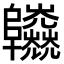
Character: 𨽱